Document type: Grant
Year: 1246
Scribe: Guillem de Moneca
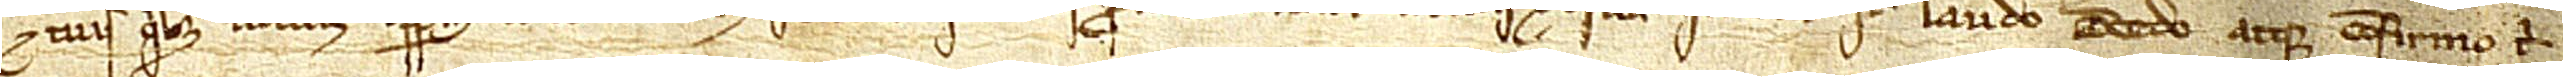
et tuis quibus volueris imperpetuum illum videlicet feudum quod tenens pro me in villa Arbucii et in sua quadra. Item, laudo, concedo atque confirmo tibi